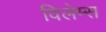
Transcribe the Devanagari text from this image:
विलेम्स